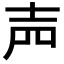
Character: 𡔝